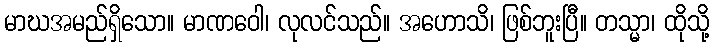
မာဃအမည်ရှိသော။ မာဏဝေါ၊ လုလင်သည်။ အဟောသိ၊ ဖြစ်ဘူးပြီ။ တသ္မာ၊ ထိုသို့